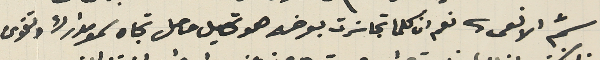
سمّ الافعى. نعم ان كلما تجاسَرت بعرضه هو تحصيل حاصل تجاه سمو مدارك وتقوى